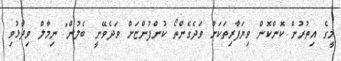
މީގެ އިތުރުން ކޮންކޮން ވިޔަފާރިތަކަށް ވަދެގެންތޯ ކުންފުންޏަށް ވަދެވޭނީ ބެލުން" ނިމާލް ވިދާޅުވި